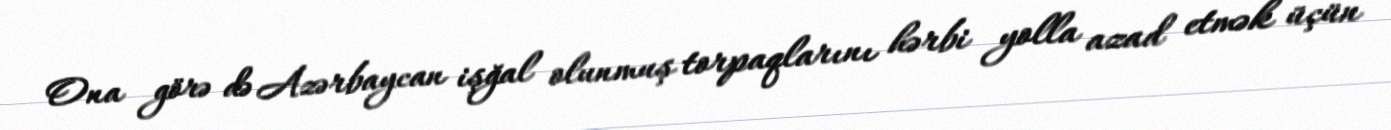
Ona görə də Azərbaycan işğal olunmuş torpaqlarını hərbi yolla azad etmək üçün